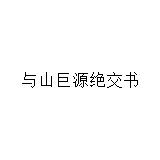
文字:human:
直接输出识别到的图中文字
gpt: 与山巨源绝交书